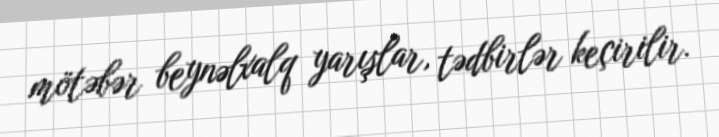
mötəbər beynəlxalq yarışlar, tədbirlər keçirilir.